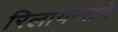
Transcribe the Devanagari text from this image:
रिलायन्सने